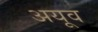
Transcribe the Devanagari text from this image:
अयूव